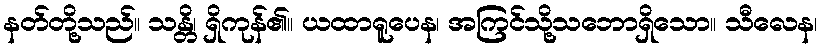
နတ်တို့သည်။ သန္တိ၊ ရှိကုန်၏။ ယထာရူပေန၊ အကြင်သို့သဘောရှိသော။ သီလေန၊